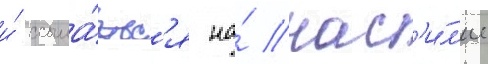
и́ ссыла́етс'я на́ нас'и́л'ие